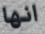
انها